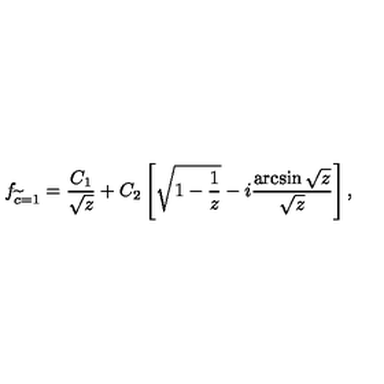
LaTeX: f _ { \widetilde c = 1 } = \frac { C _ { 1 } } { \sqrt { z } } + C _ { 2 } \left[ \sqrt { 1 - \frac { 1 } { z } } - i \frac { \arcsin { \sqrt { z } } } { \sqrt { z } } \right] ,